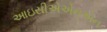
આઇસીએએનએન